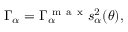
\Gamma _ { \alpha } = \Gamma _ { \alpha } ^ { \mathrm { ~ m ~ a ~ x ~ } } s _ { \alpha } ^ { 2 } ( \theta ) ,